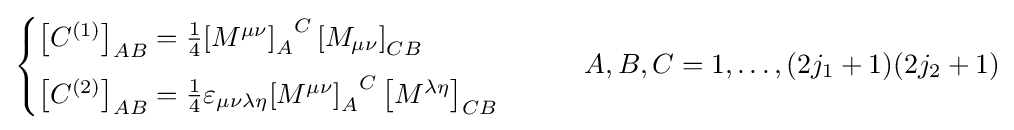
{\begin{cases}\left[C^{(1)}\right]_{AB}={\frac {1}{4}}{\left[M^{\mu \nu }\right]_{A}}^{C}\left[M_{\mu \nu }\right]_{CB}\\[6pt]\left[C^{(2)}\right]_{AB}={\frac {1}{4}}\varepsilon _{\mu \nu \lambda \eta }{\left[M^{\mu \nu }\right]_{A}}^{C}\left[M^{\lambda \eta }\right]_{CB}\end{cases}}\qquad A,B,C=1,\ldots ,(2j_{1}+1)(2j_{2}+1)